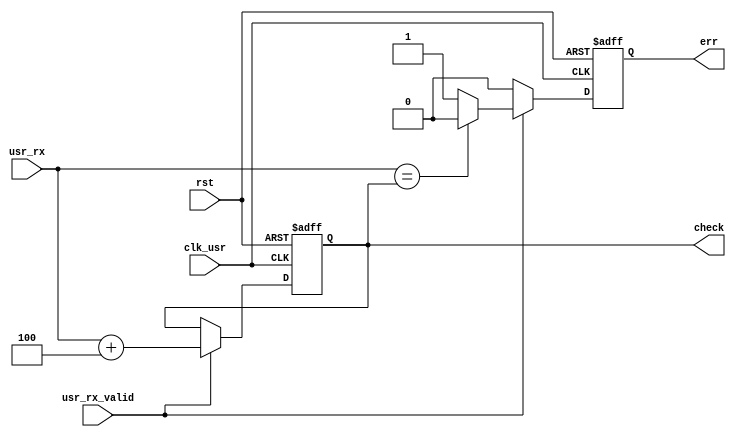
`timescale 1ns / 1ps
//////////////////////////////////////////////////////////////////////////////////
// Company: 
// Engineer: 
// 
// Design Name: 
// Module Name:    crc_64b 
// Project Name: 
// Target Devices: 
// Tool versions: 
// Description: 
//
// Dependencies: 
//
// Revision: 
// Revision 0.01 - File Created
// Additional Comments: 
//
//////////////////////////////////////////////////////////////////////////////////
module crc_32b(

		input 							clk_usr,
		input								rst, 

		input				[31:0]		usr_rx,
		input								usr_rx_valid, 
		
		output	reg					err,
		output	reg		[31:0]	check
		
    );
 
 
  
always @(posedge clk_usr or posedge rst) begin
	if(rst) begin
		err			<=	1'b0;
		check			<=	32'h0000_0001; 
	end else begin 
		if(usr_rx_valid) begin
			check		<=	usr_rx 	+	32'h0000_0004;
			if(usr_rx==check) begin
				err	<=	1'b0;
			end else begin
				err	<=	1'b1;
			end
		end else begin 
			err	<=	1'b0;
		end
	end
end 
			 
endmodule